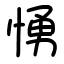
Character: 愑